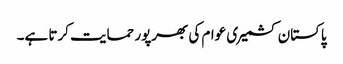
پاکستان کشمیری عوام کی بھرپور حمایت کرتا ہے۔